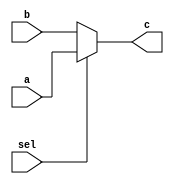
`timescale 1ns / 1ps
//////////////////////////////////////////////////////////////////////////////////
// Company: 
// Engineer: 
// 
// Design Name: 
// Module Name:    mux_movz_E 
// Project Name: 
// Target Devices: 
// Tool versions: 
// Description: 
//
// Dependencies: 
//
// Revision: 
// Revision 0.01 - File Created
// Additional Comments: 
//
//////////////////////////////////////////////////////////////////////////////////
module mux_movz_E(
    input [4:0] a,	//rt
    input [4:0] b,	
    input sel,
    output [4:0] c
    );
	 assign c = (sel)? a:b;

endmodule